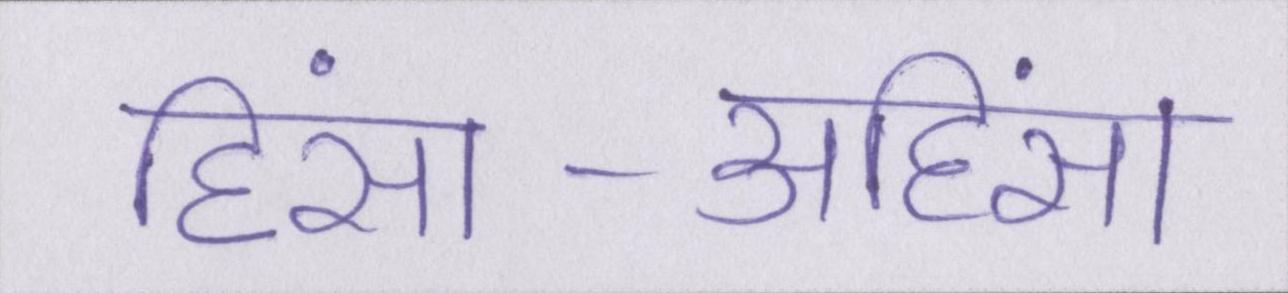
हिंसा-अहिंसा